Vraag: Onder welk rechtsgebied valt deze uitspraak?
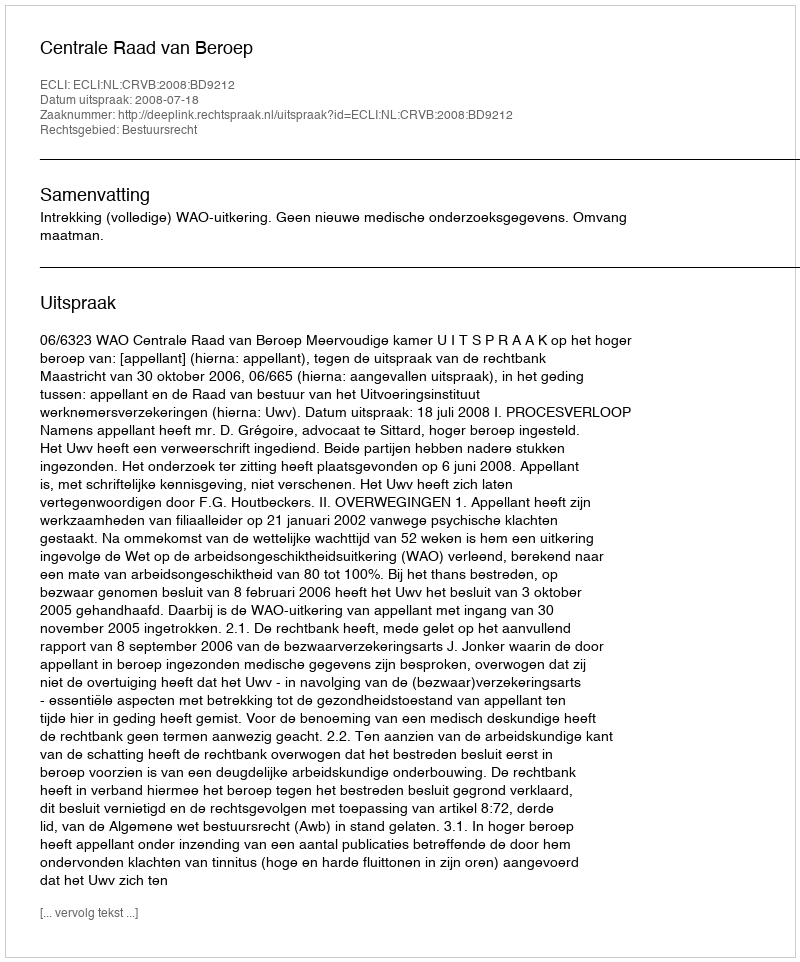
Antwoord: Bestuursrecht